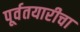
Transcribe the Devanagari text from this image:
पूर्वतयारीचा